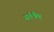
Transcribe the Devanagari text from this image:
सर्वश्रैष्ठ